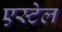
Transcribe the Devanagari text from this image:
एस्टेल